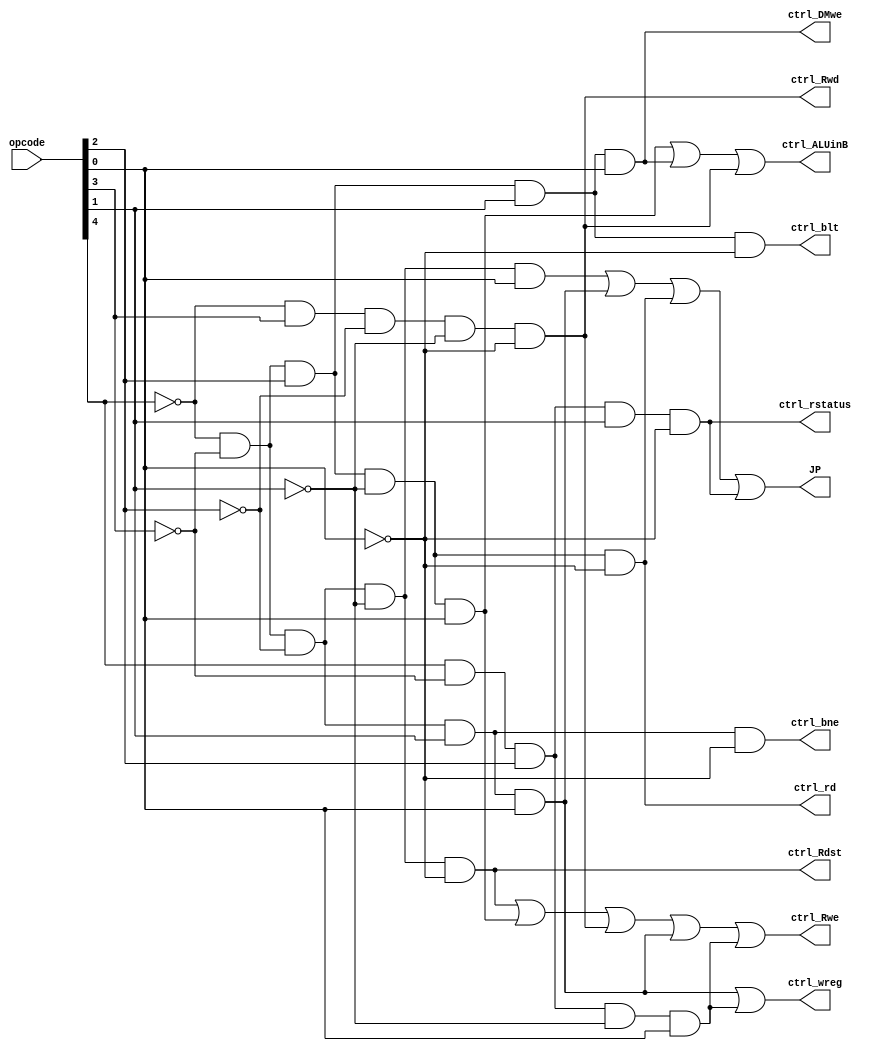
module ctrl_circuit (ctrl_Rwe, ctrl_Rdst, ctrl_DMwe, ctrl_Rwd, ctrl_ALUinB, ctrl_bne, ctrl_blt, JP, ctrl_rd, ctrl_rstatus, ctrl_wreg, opcode);
	input [4:0]opcode;
	output ctrl_Rwe, ctrl_Rdst, ctrl_DMwe, ctrl_Rwd, ctrl_ALUinB,
	ctrl_bne, ctrl_blt, JP, ctrl_rd, ctrl_rstatus, ctrl_wreg;
	
	// negate each bits of opcode
	not not0 (n_s0, opcode[0]);
	not not1 (n_s1, opcode[1]);
	not not2 (n_s2, opcode[2]);
	not not3 (n_s3, opcode[3]);
	not not4 (n_s4, opcode[4]);
	
	// get each bits of opcode
	and and0 (s0, opcode[0], 1'b1);
	and and1 (s1, opcode[1], 1'b1);
	and and2 (s2, opcode[2], 1'b1);
	and and3 (s3, opcode[3], 1'b1);
	and and4 (s4, opcode[4], 1'b1);
	
	// Rwe (updated for j and b)
	and and5 (Rwe_1, n_s4, n_s3, n_s2, n_s1, n_s0);
	and and6 (Rwe_2, n_s4, n_s3, s2, n_s1, s0);
	and and7 (Rwe_3, n_s4, s3, n_s2, n_s1, n_s0);
	and and8 (Rwe_4, n_s4, n_s3, n_s2, s1, s0);
	and and9 (Rwe_5, s4, n_s3, s2, n_s1, s0);
	
	or or0 (ctrl_Rwe, Rwe_1, Rwe_2, Rwe_3, Rwe_4, Rwe_5);
	
	// Rdst
	and and10 (ctrl_Rdst, n_s4, n_s3, n_s2, n_s1, n_s0);
	
	// DMwe
	and and11 (ctrl_DMwe, n_s4, n_s3, s2, s1, s0);
	
	// Rwd
	and and12 (ctrl_Rwd, n_s4, s3, n_s2, n_s1, n_s0);
	
	// ALUinB
	and and13 (ALUinB_1, n_s4, n_s3, s2, n_s1, s0);
	and and14 (ALUinB_2, n_s4, n_s3, s2, s1, s0);
	and and15 (ALUinB_3, n_s4, s3, n_s2, n_s1, n_s0);
	
	or or1 (ctrl_ALUinB, ALUinB_1, ALUinB_2, ALUinB_3);
	
	// BR
	and and16 (ctrl_bne, n_s4, n_s3, n_s2, s1, n_s0);
	and and17 (ctrl_blt, n_s4, n_s3, s2, s1, n_s0);
	
	
	// JP (removed setX insns)
	and and18 (jp_1, n_s4, n_s3, n_s2, n_s1, s0);
	and and19 (jp_2, n_s4, n_s3, n_s2, s1, s0);
	and and20 (jp_3, n_s4, n_s3, s2, n_s1, n_s0);
	and and21 (jp_4, s4, n_s3, s2, s1, n_s0);
	//and and22 (jp_5, s4, n_s3, s2, n_s1, s0);
	
	//or or3 (JP, jp_1, jp_2, jp_3, jp_4, jp_5);
	or or3 (JP, jp_1, jp_2, jp_3, jp_4);

	// ctrl_rd
	//and and23 (ctrl_rd_1, n_s4, n_s3, n_s2, s1, n_s0); bne
	and and24 (ctrl_rd, n_s4, n_s3, s2, n_s1, n_s0); //jr
	//and and25 (ctrl_rd_3, n_s4, n_s3, s2, s1, n_s0); blt
	
	//or or4 (ctrl_rd, ctrl_rd_1, ctrl_rd_2, ctrl_rd_3);
	
	// ctrl_rstatus
	and and26 (ctrl_rstatus, s4, n_s3, s2, s1, n_s0);
	
	// ctrl_wreg
	and and27 (ctrl_wreg_1, n_s4, n_s3, n_s2, s1, s0);
	and and28 (ctrl_wreg_2, s4, n_s3, s2, n_s1, s0);
	
	or or5 (ctrl_wreg, ctrl_wreg_1, ctrl_wreg_2);
	

endmodule